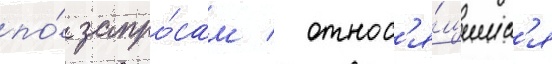
по́ запро́сам / относ'я́щимс'я